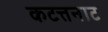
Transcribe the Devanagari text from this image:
कटत्तनाट